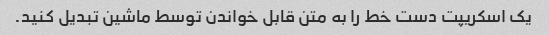
یک اسکریپت دست خط را به متن قابل خواندن توسط ماشین تبدیل کنید.